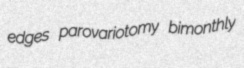
edges parovariotomy bimonthly